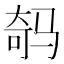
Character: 𲌇